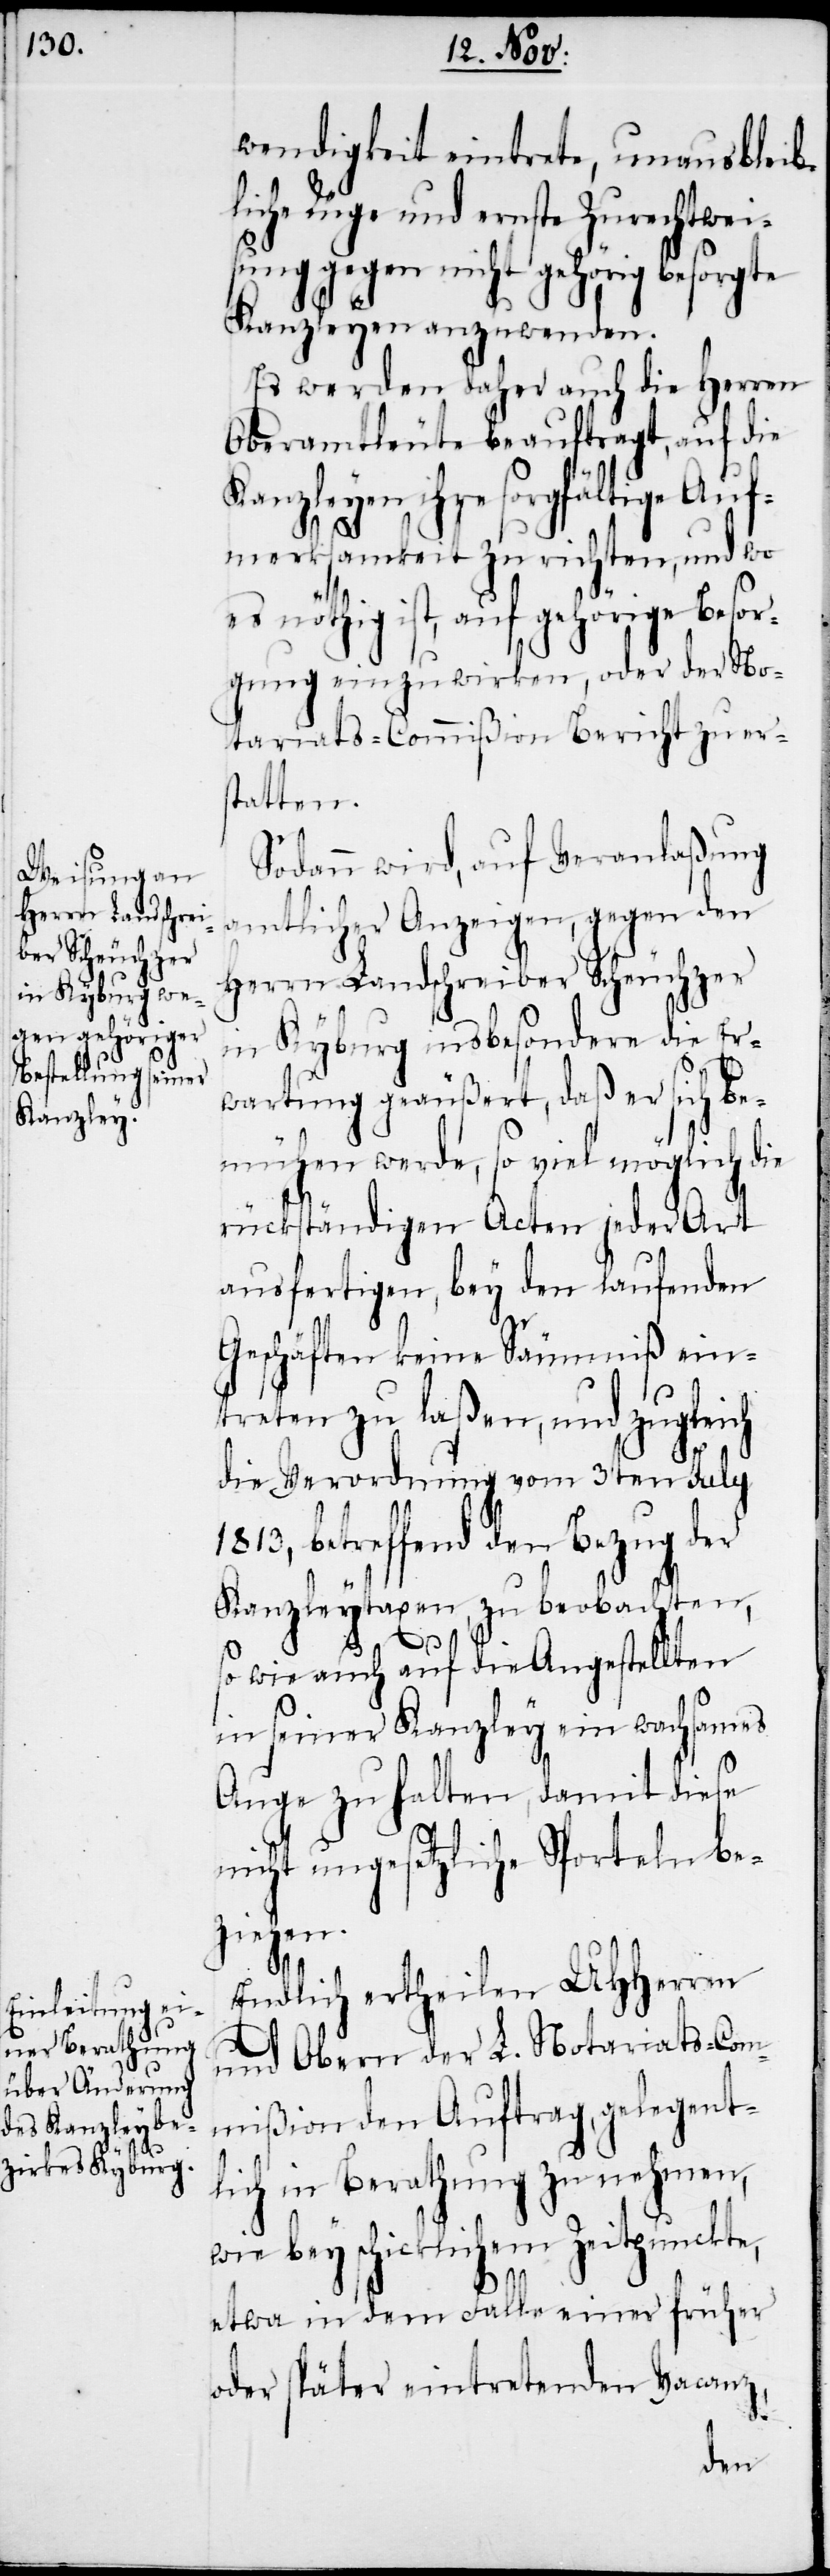
wendigkeit eintrete, unausbleib¬
liche Rüge und ernste Zurechtwei¬
sung gegen nicht gehörig besorgte
Kanzleyen anzuwenden.
Es werden daher auch die Herren
Oberamtleute beauftragt, auf die
Kanzleyen ihre sorgfältige Auf¬
merksamkeit zu richten, und wo
nöthig ist, auf gehörige Besor¬
gung einzuwirken, oder der No¬
tariats-Commißion Bericht zu ers¬
tatten.
Sodann wird, auf Veranlaßung
amtlicher Anzeigen, gegen den
Herrn Landschreiber Scheuchzer
in Kyburg insbesondere die Er¬
wartung geäußert, daß er sich be¬
mühen werde, so viel möglich die
rückständigen Acten jeder Art
ausfertigen, bey den laufenden
Geschäften keine Säumniß ein¬
treten zu laßen, und zugleich
die Verordnung vom 3ten July
betreffend den Bezug der
Kanzleytaxen, zu beobachten,
so wie auch auf die Angestellten
in seiner Kanzley ein wachsames
Auge zu halten, damit diese
nicht ungesetzliche Sporteln be¬
ziehen.
Endlich ertheilen UHHerren
und Obern der L. Notariats-Com¬
mißion den Auftrag, gelegent¬
lich in Berathung zu nehmen,
wie bey schicklichem Zeitpunckte,
etwa in dem Falle einer früher
oder später eintretenden Vacanz,